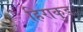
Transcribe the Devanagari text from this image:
हिराकुड